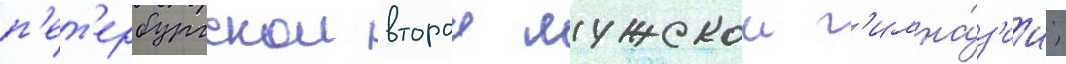
п'ет'ербургскои второи мужскои г'имна́з'ии;